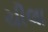
ચીલા